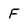
Character: F